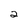
Character: 2